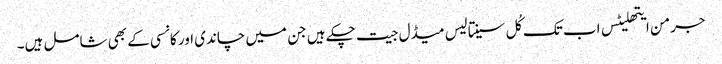
جرمن ایتھلیٹس اب تک کُل سینتالیس میڈل جیت چکے ہیں جن میں چاندی اور کانسی کے بھی شامل ہیں۔